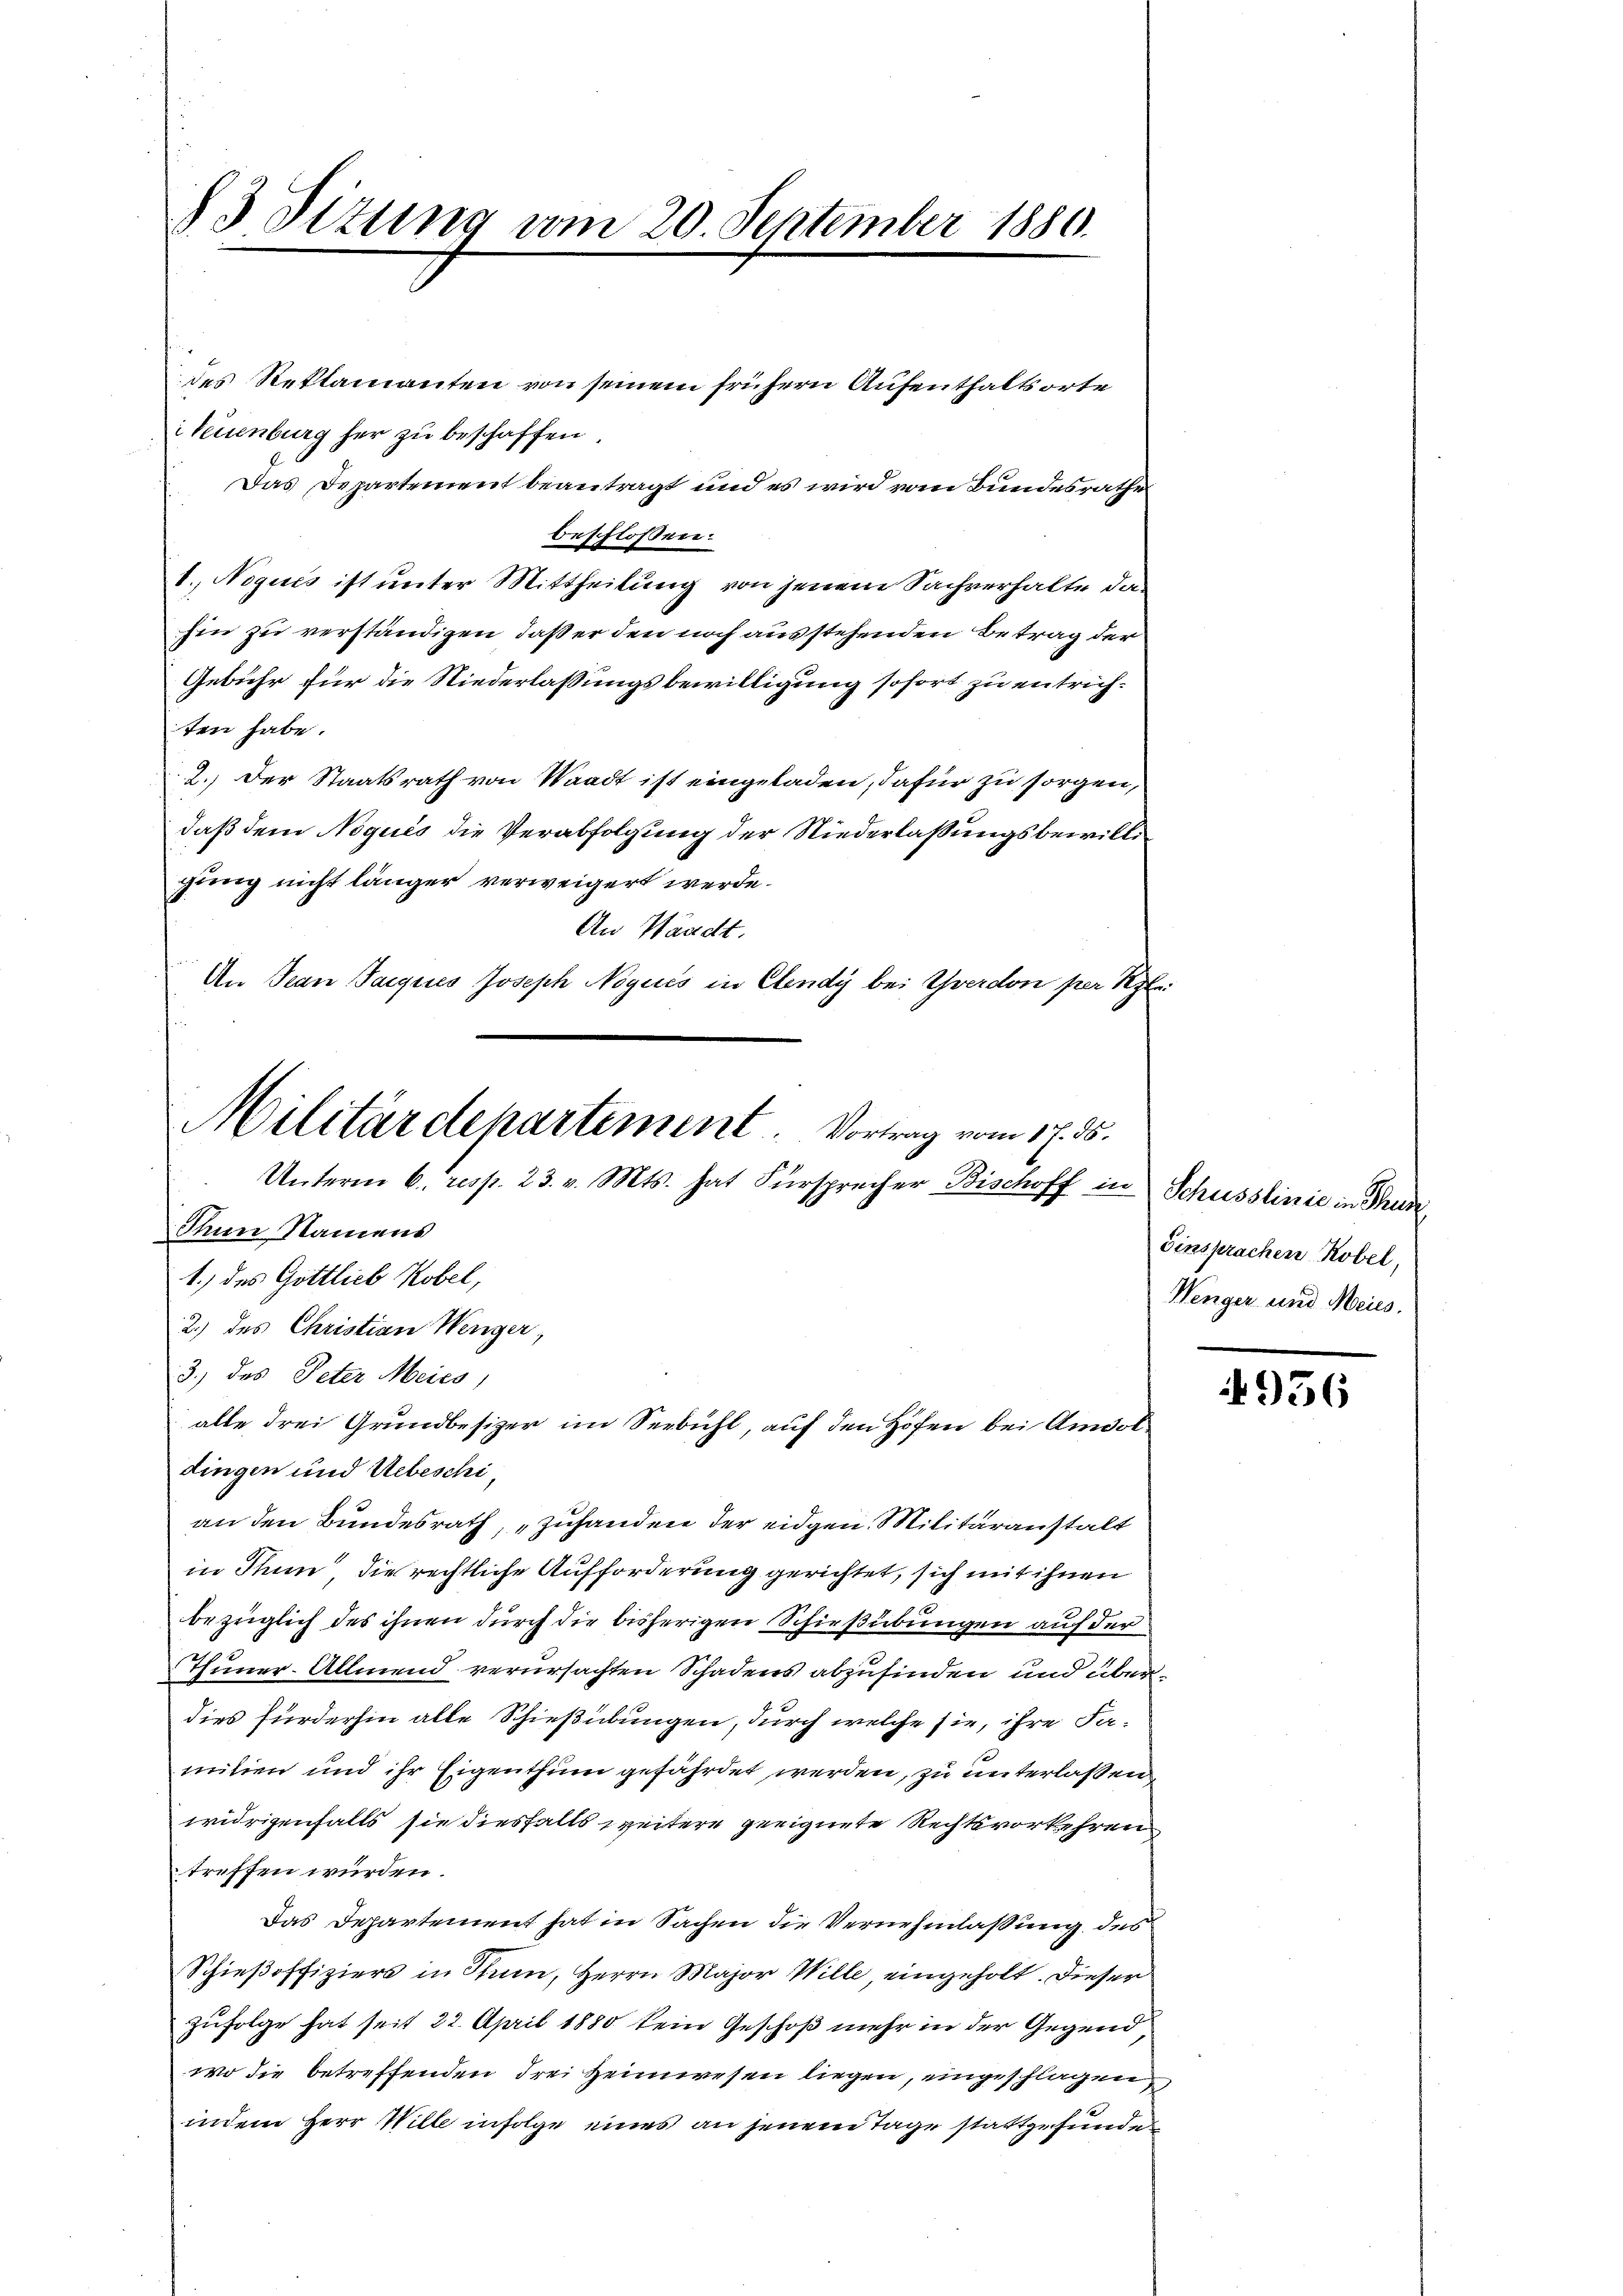
83 Sizung vom 20. September 1880.

des Reklamanten von seinem frühern Aufenthaltsorte
Neuenburg her zu beschaffen.
Das Departement beantragt und es wird vom Bundesrathes
beschlossen:
1. Nogues ist unter Mittheilung von jenen Sachverhalte da
hin zu verständigen, daß er den noch ausstehenden Betrag der
Gebühr für die Niederlassungsbewilligung sofort zu entrichten habe.
2.) Der Staatsrath von Waadt ist eingeladen, dafür zu sorgen,
daß dem Noqués die Verabfolgung der Niederlaßungsbewilligung nicht länger verweigert werde.
An Waadt.
An Jean Parques Joseph Nogues in Elendy bei Yverdon per Pezt

Militärdepartement. Vortrag vom 17. ds.
Unterm 6. resp. 23. v. Mts. hat Fürsprecher Bischoff in Schusslinie in Trun
Tum Namens

1.) des Gottlieb Kobel,
2.) des Christian Wenger,
3.) des Peter Meies,
dingen und Uebeschi,
an den Bundesrath, „Zuhanden der eidgen Militäranstalt
in Thun, die rechtliche Aufforderung gerichtet, sich mit ihnen
bezüglich des ihnen durch die bisherigen Schießübungen auf der
Thuner. Allmend verursachten Schadens abzufinden und überdies fürderhin alle Schießübungen, durch welche sie, ihre Famitien und ihr Eigenthum gefährdet werden, zu unterlassen
widrigenfalls sie diesfalls weitere geeignete Rechtsvorkehren
treffen würden.
Das Departement hat in Sachen die Vernehmlassung des
Schieβoffiziers in Rum, Herrn Major Wille, eingeholt. Dieser
zufolge hat seit 22. April 1880 kein Geschoß mehr in der Gegend
wo die betreffenden drei Heimwesen liegen, eingeschlagen,
indem Herr Wille infolge eines an jenem Tage stattgefunden

alle drei Grundbesizer im Seebühl, auf den Höfen bei Amdol

u

Einsprachen Robel,
Wenger und Meis

4956